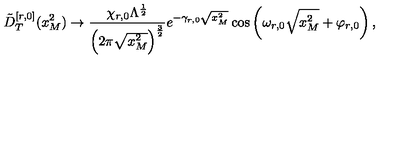
\tilde { D } _ { T } ^ { [ r , 0 ] } ( x _ { M } ^ { 2 } ) \rightarrow \frac { \chi _ { r , 0 } \Lambda ^ { \frac { 1 } { 2 } } } { \left( 2 \pi \sqrt { x _ { M } ^ { 2 } } \right) ^ { \frac { 3 } { 2 } } } e ^ { - \gamma _ { r , 0 } \sqrt { x _ { M } ^ { 2 } } } \cos \left( \omega _ { r , 0 } \sqrt { x _ { M } ^ { 2 } } + \varphi _ { r , 0 } \right) ,